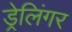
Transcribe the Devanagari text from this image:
ड्रेलिंगर